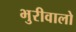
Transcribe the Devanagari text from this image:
भुरीवालो